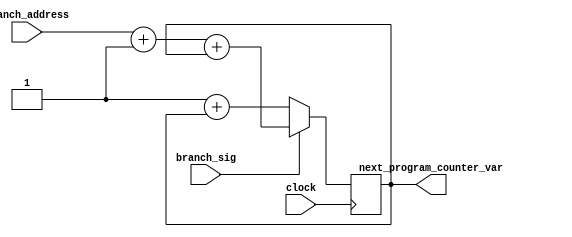
module next_program_counter(input branch_sig, input [9:0] branch_address, input clock, output reg [9:0] next_program_counter_var);
	 // pc ->10 bits of pc is enough
	 // branch_address -> each instruction will have 32 bits
	 
	initial begin
		next_program_counter_var = 10'b0000000000;
	end
	 
	always @ (posedge clock) begin
		if(branch_sig)
			next_program_counter_var = branch_address + 10'b0000000001 + next_program_counter_var; // adding 4
		else
			next_program_counter_var = 10'b0000000001 + next_program_counter_var; // adding 4
	
	end
	
endmodule